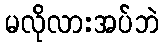
မလိုလားအပ်ဘဲ